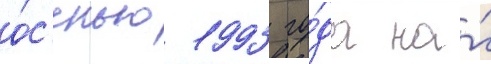
о́с'енью 1993 го́да на́